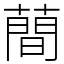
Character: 蕳